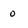
Character: 0